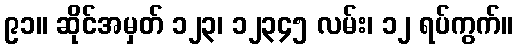
၉၁။ ဆိုင်အမှတ် ၁၂၃၊ ၁၂၃၄၅ လမ်း၊ ၁၂ ရပ်ကွက်။